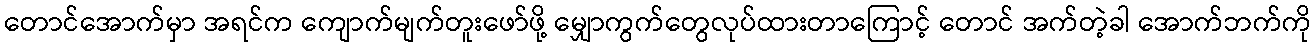
တောင်အောက်မှာ အရင်က ကျောက်မျက်တူးဖော်ဖို့ မျှောကွက်တွေလုပ်ထားတာကြောင့် တောင် အက်တဲ့ခါ အောက်ဘက်ကို